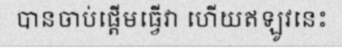
បានចាប់ផ្តើមធ្វើវា ហើយឥឡូវនេះ